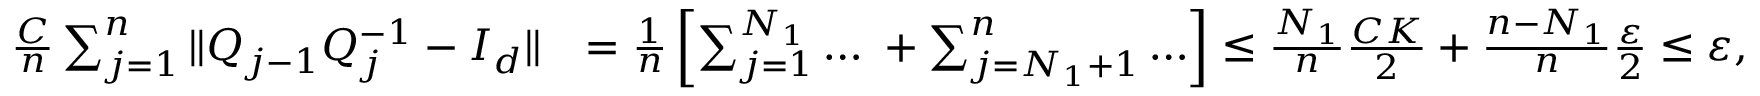
\begin{array} { r l } { \frac { C } { n } \sum _ { j = 1 } ^ { n } \| Q _ { j - 1 } Q _ { j } ^ { - 1 } - I _ { d } \| } & { = \frac { 1 } { n } \left[ \sum _ { j = 1 } ^ { N _ { 1 } } \ldots \; + \sum _ { j = N _ { 1 } + 1 } ^ { n } \ldots \right] \le \frac { N _ { 1 } } { n } \frac { C K } { 2 } + \frac { n - N _ { 1 } } { n } \frac { \varepsilon } { 2 } \le \varepsilon , } \end{array}